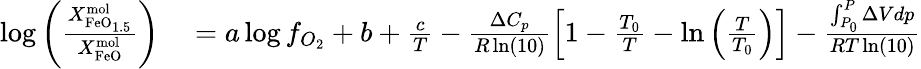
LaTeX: \begin{array}{rl}{\log\left(\frac{X_{\mathrm{FeO}_{1.5}}^{\mathrm{mol}}}{X_{\mathrm{FeO}}^{\mathrm{mol}}}\right)}&{{}=a\log f_{O_{2}}+b+\frac{c}{T}-\frac{\Delta C_{p}}{R\ln(10)}\left[1-\frac{T_{0}}{T}-\ln\left(\frac{T}{T_{0}}\right)\right]-\frac{\int_{P_{0}}^{P}\Delta Vdp}{RT\ln(10)}}\end{array}